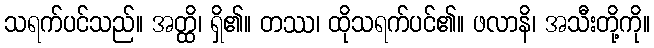
သရက်ပင်သည်။ အတ္ထိ၊ ရှိ၏။ တဿ၊ ထိုသရက်ပင်၏။ ဖလာနိ၊ အသီးတို့ကို။